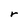
Character: r